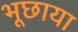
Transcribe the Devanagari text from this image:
भूछाया